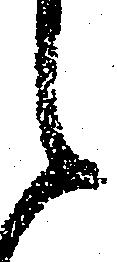
々